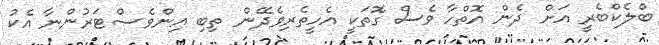
ބްލެކްބެރީ އަށް ދެން އޮތްހާ ވެސް ގޮތަކީ އެހީތެރިވެދޭން ތިބި އިންވެސްޓަރުންނާ އެކު